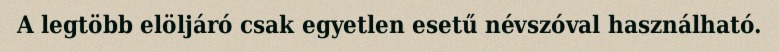
A legtöbb elöljáró csak egyetlen esetű névszóval használható.